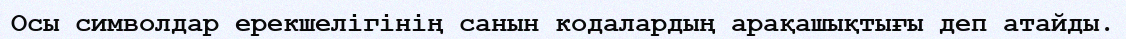
Осы символдар ерекшелігінің санын кодалардың арақашықтығы деп атайды.